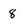
Character: 8